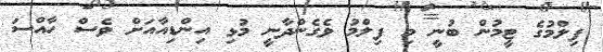
ފިލްމުގެ ޓީމުން ބުނީ މި ފިލްމު ވެގެންދާނީ މުޅި އިންޑިއާއަށް ވެސް ހާއްސަ